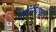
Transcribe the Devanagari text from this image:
सीरियावर